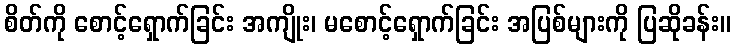
စိတ်ကို စောင့်ရှောက်ခြင်း အကျိုး၊ မစောင့်ရှောက်ခြင်း အပြစ်များကို ပြဆိုခန်း။